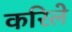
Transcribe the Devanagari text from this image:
करिले